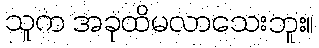
သူက အခုထိမလာသေးဘူး။